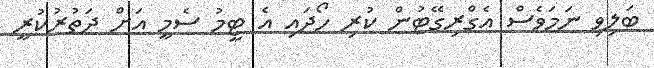
ބަލިވި ނަމަވެސް އެގްރިގޭޓުން ކުރި ހޯދައި އެ ޓީމު ސެމީ އަށް ދަތުރުކުރީ